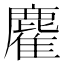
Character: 𪋇